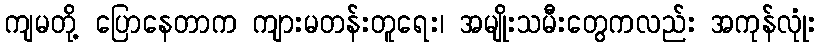
ကျမတို့ ပြောနေတာက ကျားမတန်းတူရေး၊ အမျိုးသမီးတွေကလည်း အကုန်လုံုး